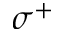
\sigma ^ { + }